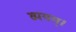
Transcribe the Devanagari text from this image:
व्ययम्।